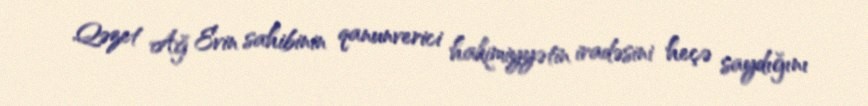
Qəzet Ağ Evin sahibinin qanunverici hakimiyyətin iradəsini heçə saydığını